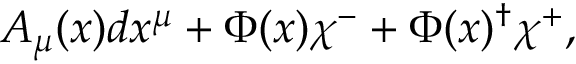
A _ { \mu } ( x ) d x ^ { \mu } + \Phi ( x ) \chi ^ { - } + \Phi ( x ) ^ { \dagger } \chi ^ { + } ,